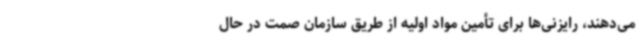
می‌دهند، رایزنی‌ها برای تأمین مواد اولیه از طریق سازمان صمت در حال